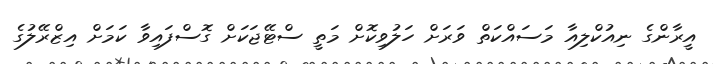
އީރާންގެ ނިއުކްލިއާ މަސައްކަތް ވަރަށް ހަލުވިކޮށް މަތީ ސްޓޭޖަކަށް ގޮސްފައިވާ ކަމަށް އިޒްރޭލުގެ